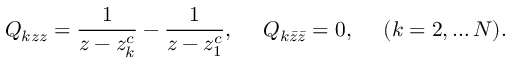
Q _ { k z z } = \frac { 1 } { z - z _ { k } ^ { c } } - \frac { 1 } { z - z _ { 1 } ^ { c } } , ~ ~ ~ ~ Q _ { k \bar { z } \bar { z } } = 0 , ~ ~ ~ ~ ( k = 2 , \dots { \cal N } ) .